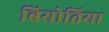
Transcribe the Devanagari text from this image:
बियोतिया